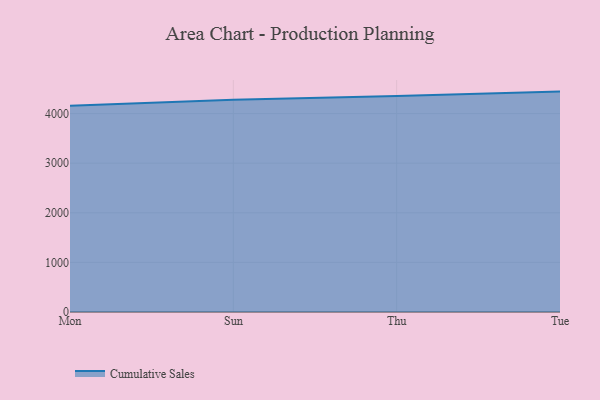
{"axis": {"x": "Day", "y": "Population (Million)"}, "legend": ["Cumulative Sales"], "data": [{"x": "Mon", "y": 4158.1, "type": "Cumulative Sales"}, {"x": "Sun", "y": 4276.6, "type": "Cumulative Sales"}, {"x": "Thu", "y": 4354.0, "type": "Cumulative Sales"}, {"x": "Tue", "y": 4442.4, "type": "Cumulative Sales"}]}